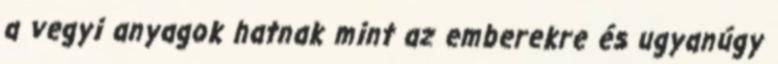
a vegyi anyagok hatnak mint az emberekre és ugyanúgy